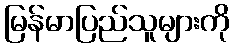
မြန်မာပြည်သူများကို